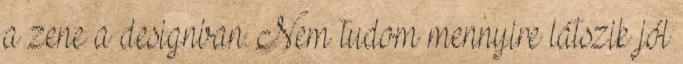
a zene a designban. Nem tudom mennyire látszik jól